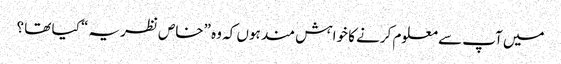
میں آپ سے معلوم کرنے کا خواہش مند ہوں کہ وہ ”خاص نظریہ “ کیا تھا ؟